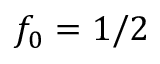
f _ { 0 } = 1 / 2